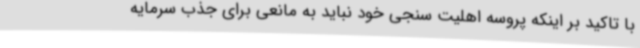
با تاکید بر اینکه پروسه اهلیت سنجی خود نباید به مانعی برای جذب سرمایه